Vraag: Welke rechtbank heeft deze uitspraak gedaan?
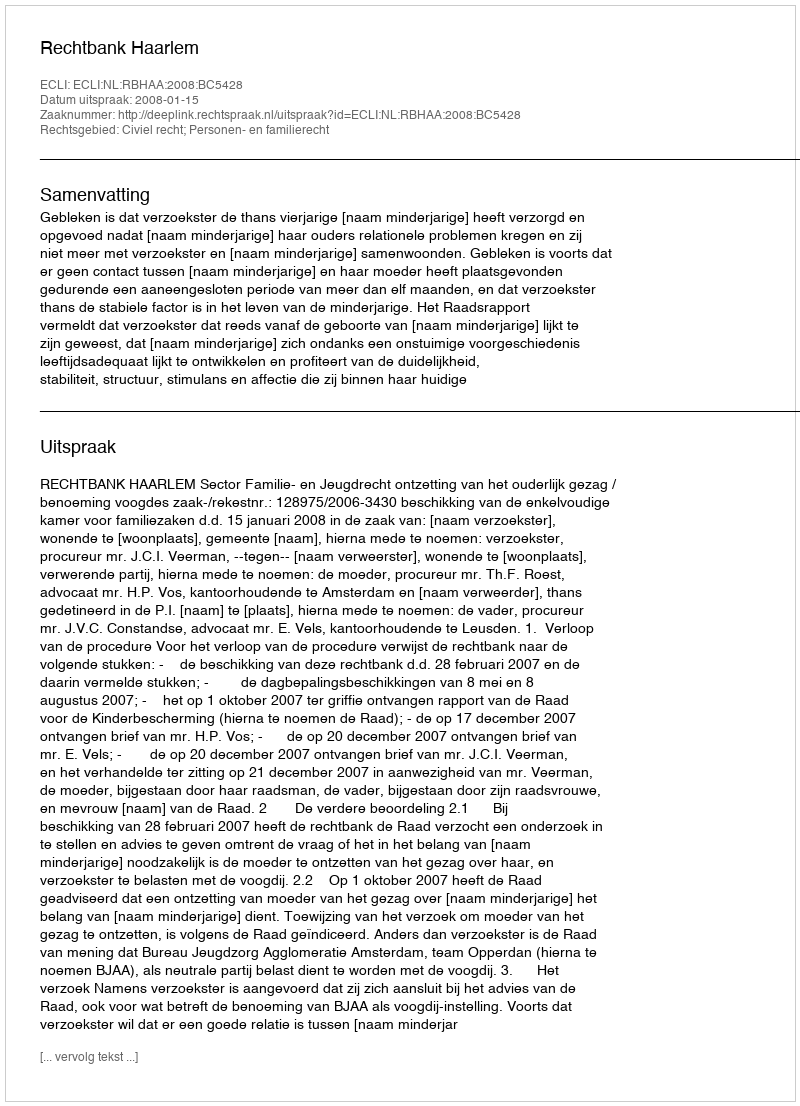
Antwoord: Rechtbank Haarlem